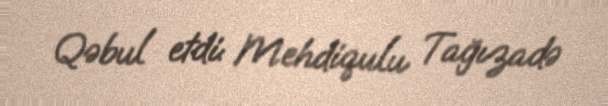
Qəbul etdi: Mehdiqulu Tağızadə